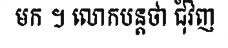
មក ។ លោកបន្តថា ជុំវិញ